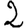
Digit: 2